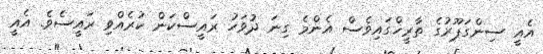
އެއީ ސިންގަޕޫރުގެ ތާރީޚްގައިވެސް އެންމެ ގިނަ ދުވަހު ރައީސްކަން ކުރެއްވި ރައީސެވެ. އެއީ